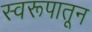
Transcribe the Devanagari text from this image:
स्वरूपातून